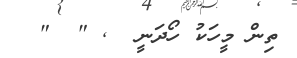
ތިން މީހަކު ހޯދަނީ